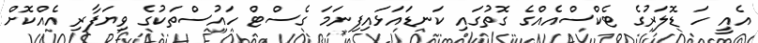
އެއީ ހަ ޑޮލަރުގެ ޓެކްސްއެއްގެ ގޮތުގައި ކަނޑައަޅައިފިނަމަ ގެސްޓް ހައުސްތަކުގެ ވިޔަފާރި އެއްކޮށް